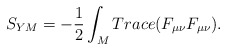
\begin{align*}S_{YM}=-\frac{1}{2}\int_{M} Trace(F_{\mu \nu} F_{\mu \nu}).\end{align*}